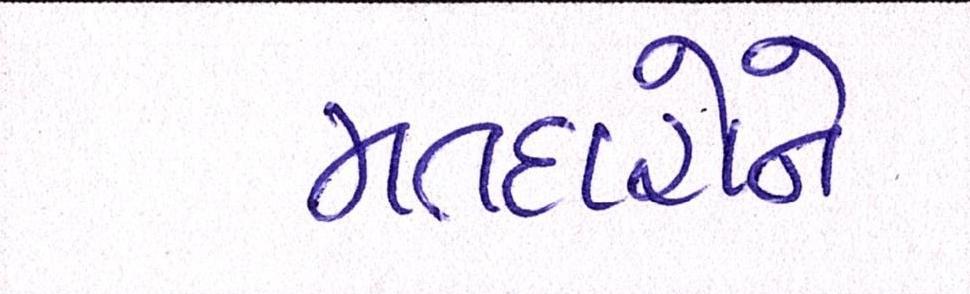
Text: મતદારોને